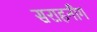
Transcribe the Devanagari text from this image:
सराहनीग